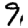
Digit: 9